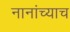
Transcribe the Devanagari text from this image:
नानांच्याच